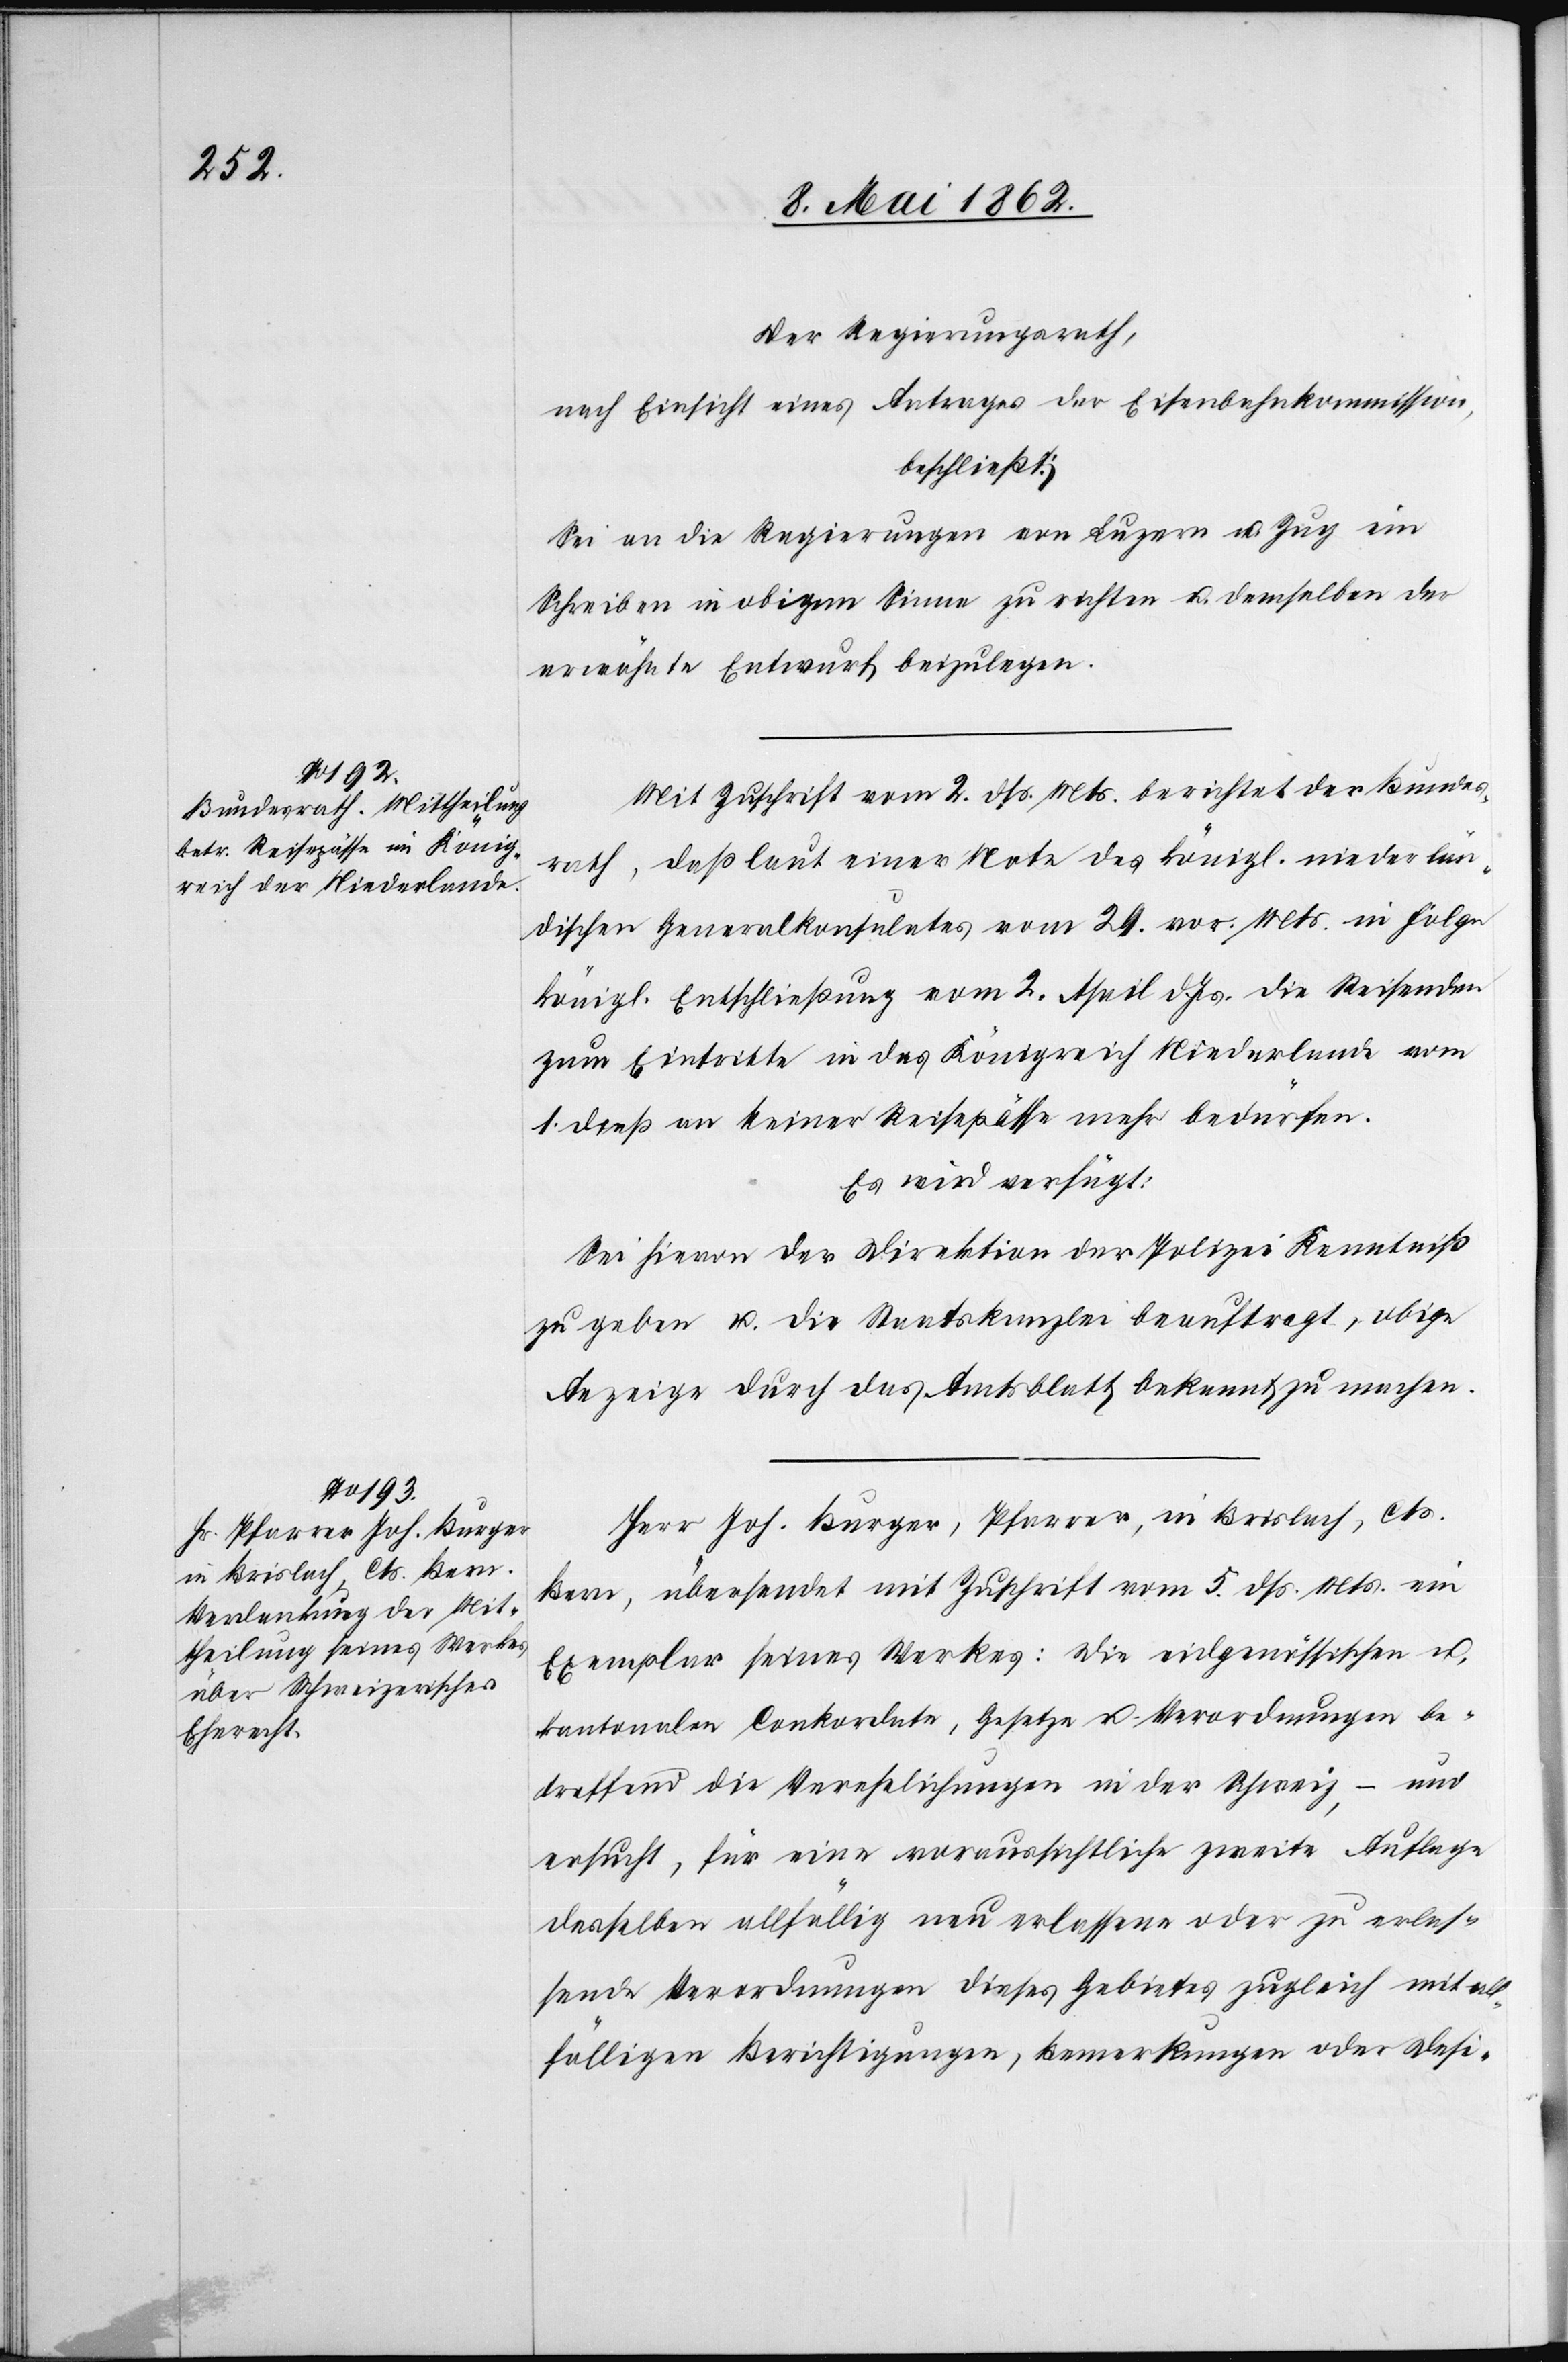
Der Regierungsrath,
nach Einsicht eines Antrages der Eisenbahnkommission,
beschließt:
Sei an die Regierungen von Luzern u. Zug ein
Schreiben in obigem Sinne zu richten u. demselben der
erwähnte Entwurf beizulegen.
Mit Zuschrift vom 2. dß. Mts. berichtet der Bundes¬
rath, daß laut einer Note des königl. niederlän¬
dischen Generalkonsulates vom 29. vor. Mts. in Folge
königl. Entschließung vom 2. April d. Js. die Reisenden
zum Eintritte in das Königreich Niederlande vom
1. dieß an keiner Reisepässe mehr bedürfen.
Es wird verfügt:
Sei hievon der Direktion der Polizei Kenntniß
zu geben u. die Staatskanzlei beauftragt, obige
Anzeige durch das Amtsblatt bekannt zu machen.
Herr Joh. Burger, Pfarrer, in Brislach, Cts.
Bern, übersendet mit Zuschrift vom 5. dß. Mts. ein
Exemplar seines Werkes: die eidgenössischen u.
kantonalen Conkordate, Gesetze u. Verordnungen be¬
treffend die Verhelichungen in der Schweiz, – und
ersucht, für eine voraussichtliche zweite Auflage
desselben allfällig neu erlassene oder zu erlas¬
sende Verordnungen dieses Gebietes zugleich mit all¬
fälligen Berichtigungen, Bemerkungen oder Desi-